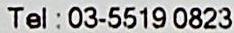
TEL : 03-5519 0823